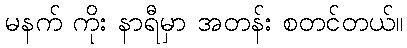
မနက် ကိုး နာရီမှာ အတန်း စတင်တယ်။